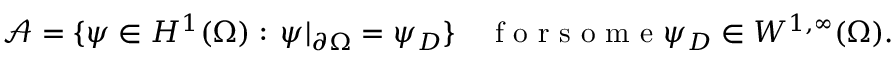
\mathcal A = \{ \psi \in H ^ { 1 } ( \Omega ) : \, \psi | _ { \partial \Omega } = \psi _ { D } \} \quad \mathrm { ~ f ~ o ~ r ~ s ~ o ~ m ~ e ~ } \psi _ { D } \in W ^ { 1 , \infty } ( \Omega ) .